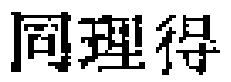
同理得